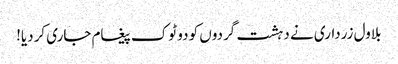
بلاول زرداری نے دہشت گردوں کو دو ٹوک پیغام جاری کردیا!